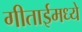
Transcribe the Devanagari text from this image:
गीताईमध्ये